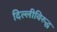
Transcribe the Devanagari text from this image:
दिल्लीविरुद्ध